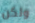
ولكن